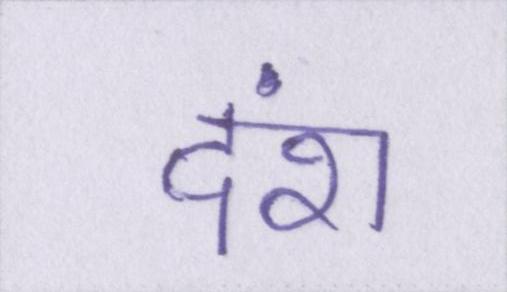
दंश